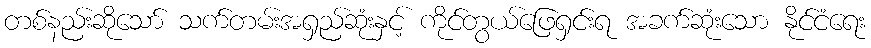
တစ်နည်းဆိုသော် သက်တမ်းအရှည်ဆုံးနှင့် ကိုင်တွယ်ဖြေရှင်းရ အခက်ဆုံးသော နိုင်ငံရေး